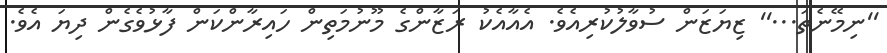
''ނިމޭނެތަ...'' ޒިިޔަޒަން ސުވާލުކުރިއެވެ. އެއާއެކު ރަޒާންގެ މޫނުމަތިން ހައިރާންކަން ފާޅުވެގެން ދިޔަ އެވެ.